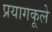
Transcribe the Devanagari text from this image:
प्रयागकूले